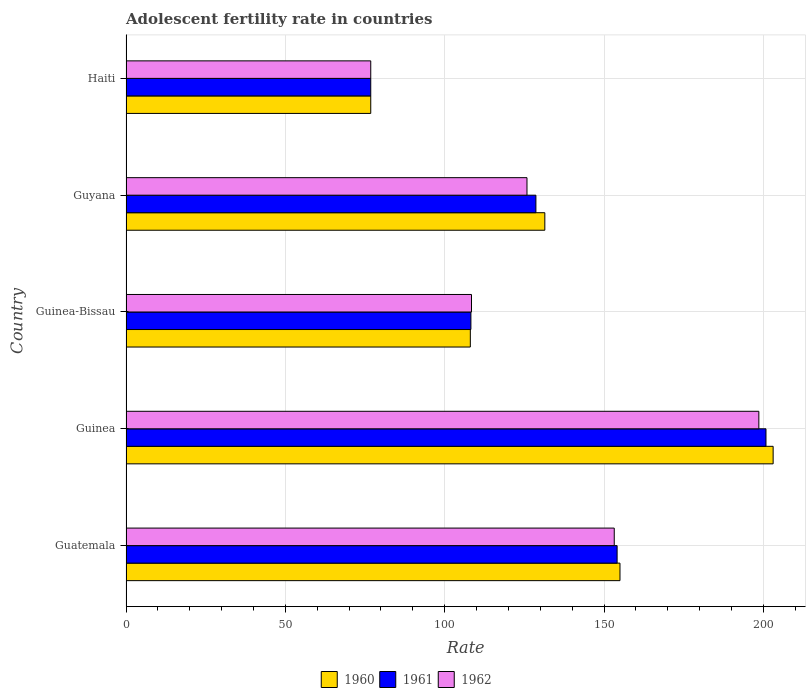
| Country | 1960 | 1961 | 1962 |
 | --- | --- | --- | --- |
 | Guatemala | 155 | 154 | 153 |
 | Guinea | 203 | 201 | 199 |
 | Guinea-Bissau | 108 | 108 | 108 |
 | Guyana | 131 | 129 | 126 |
 | Haiti | 76.8 | 76.8 | 76.8 |